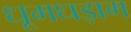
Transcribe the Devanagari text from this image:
धूमधड़ाम